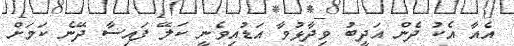
އެއާ އެކު ދެން އަދީބު ވިދާޅުވާ އަޑުއިވެނީ ކަލޭ ފައިސާ ދޭނެ ކަމަށް